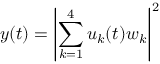
y ( t ) = \left| \sum _ { k = 1 } ^ { 4 } u _ { k } ( t ) w _ { k } \right| ^ { 2 }